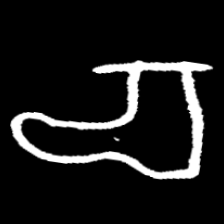
Pyu character \u2014 Myanmar letter: စ (romanized: ca)